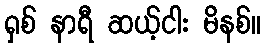
ရှစ် နာရီ ဆယ့်ငါး မိနစ်။